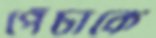
পেঁচাকে